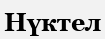
Нүктел